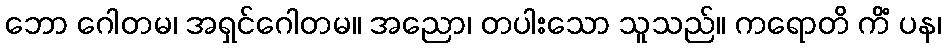
ဘော ဂေါတမ၊ အရှင်ဂေါတမ။ အညော၊ တပါးသော သူသည်။ ကရောတိ ကိံ ပန၊